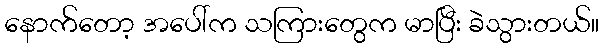
နောက်တော့ အပေါ်က သကြားတွေက မာပြီး ခဲသွားတယ်။